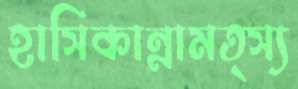
হাসিকান্নামত্স্য